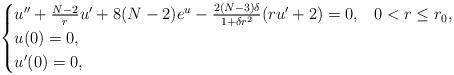
LaTeX: \begin{align*}\begin{cases}u''+\frac{N-2}{r}u'+8(N-2)e^u-\frac{2(N-3)\delta}{1+\delta r^2}(ru'+2)=0, & 0<r\le r_0,\\u(0)=0,\\u'(0)=0,\end{cases}\end{align*}